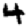
Digit: 4